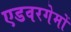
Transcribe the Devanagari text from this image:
एडवरगेमों